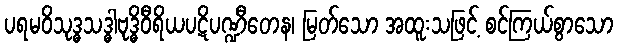
ပရမဝိသုဒ္ဓသဒ္ဓါဗုဒ္ဓိဝီရိယပဋိပဏ္ဍီတေန၊ မြတ်သော အထူးသဖြင့် စင်ကြယ်စွာသော